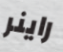
راينر